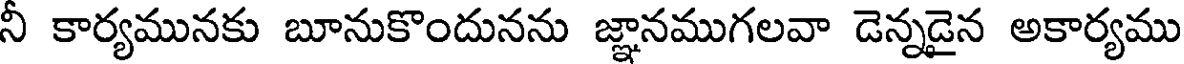
నీ కార్యమునకు బూనుకొందునను జ్ఞానముగలవా డెన్నడైన అకార్యము